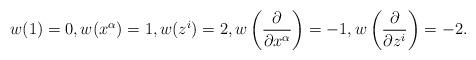
LaTeX: \begin{align*}w(1)=0,w(x^{\alpha})=1,w(z^i)=2,w \left(\frac{\partial}{\partial x^\alpha} \right) =-1,w \left(\frac{\partial}{\partial z^i}\right) =-2.\end{align*}